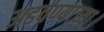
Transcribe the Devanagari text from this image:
अडवण्याच्या